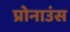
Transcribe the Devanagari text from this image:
प्रोनाउंस